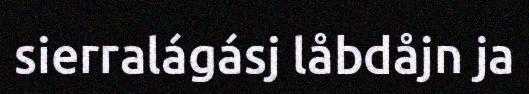
sierralágásj låbdåjn ja